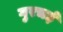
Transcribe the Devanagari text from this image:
गुरचई